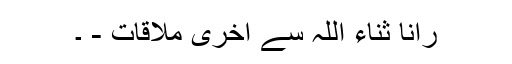
رانا ثناء اللہ سے آخری ملاقات - ۔